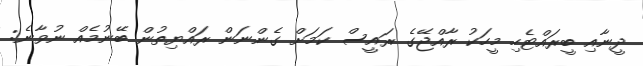
ދީނާއި ބީރައްޓެހި މީހަކު ރާއްޖޭގެ ރައީސް ކަމަށް ގެންނަން ރައްޔިތުން ބޭނުމެއް ނުވާނެ: